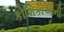
કોશિકાઓની